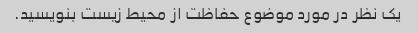
یک نظر در مورد موضوع حفاظت از محیط زیست بنویسید.